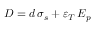
D = d \, { \sigma _ { s } } + { \varepsilon _ { T } } \, { E _ { p } }